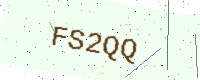
Text: FS2QQ